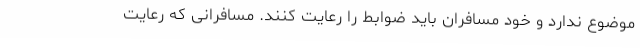
موضوع ندارد و خود مسافران باید ضوابط را رعایت کنند. مسافرانی که رعایت